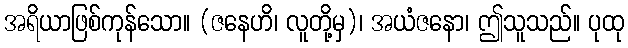
အရိယာဖြစ်ကုန်သော။ (ဇနေဟိ၊ လူတို့မှ)၊ အယံဇနော၊ ဤသူသည်။ ပုထု